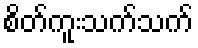
စိတ်ကူးသက်သက်